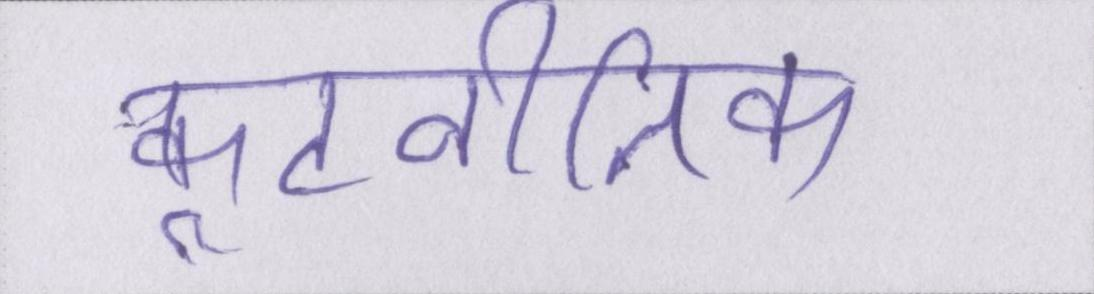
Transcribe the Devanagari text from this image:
कूटनीतिक